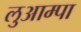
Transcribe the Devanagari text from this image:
लुआम्पा